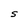
Character: S